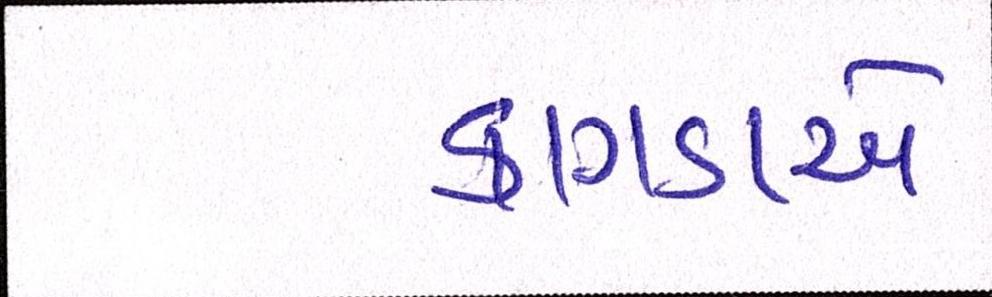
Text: કાગડાએ